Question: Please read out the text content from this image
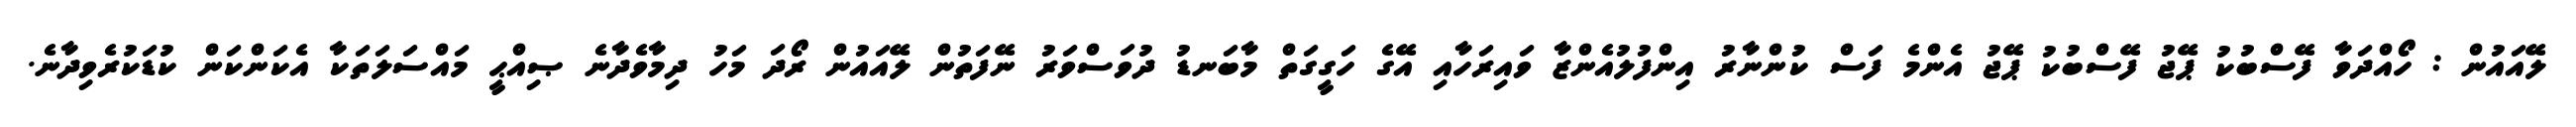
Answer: ލޭއައުން : ހޯއްދަވާ ފޭސްބުކު ޕޭޖު ފޭސްބުކު ޕޭޖު އެންމެ ފަސް ކުންނާރު އިންފުލުއެންޒާ ވައިރަހާއި އޭގެ ހަގީގަތް މާބަނޑު ދުވަސްވަރު ނޭފަތުން ލޭއައުން ރޯދަ މަހު ދިމާވެދާނެ ޞިއްޙީ މައްސަލަތަކާ އެކަންކަން ކުޑަކުރެވިދާނެ.